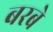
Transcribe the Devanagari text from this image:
बरबे